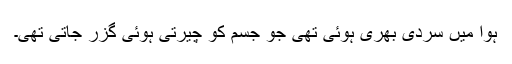
ہوا میں سردی بھری ہوئی تھی جو جسم کو چیرتی ہوئی گزر جاتی تھی۔